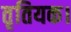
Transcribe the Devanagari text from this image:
तृतियक।